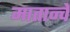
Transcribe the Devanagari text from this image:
मातान्चें